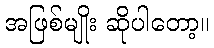
အဖြစ်မျိုး ဆိုပါတော့။